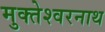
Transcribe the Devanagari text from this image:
मुक्तेश्वरनाथ